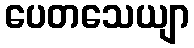
ပေတသေယျာ